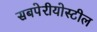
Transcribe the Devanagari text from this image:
सबपेरीयोस्टील